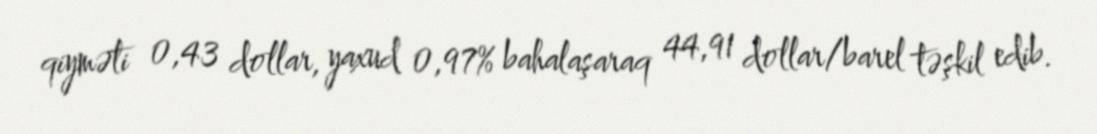
qiyməti 0,43 dollar, yaxud 0,97% bahalaşaraq 44,91 dollar/barel təşkil edib.